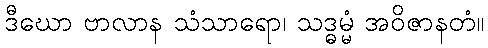
ဒီဃော ဗာလာန သံသာရော၊ သဒ္ဓမ္မံ အဝိဇာနတံ။